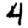
Digit: 4